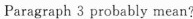
Paragraph 3 probably mean?